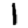
Digit: 1